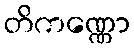
တိကဏ္ဏော